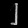
Digit: ၂